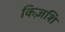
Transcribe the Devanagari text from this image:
किज़शि